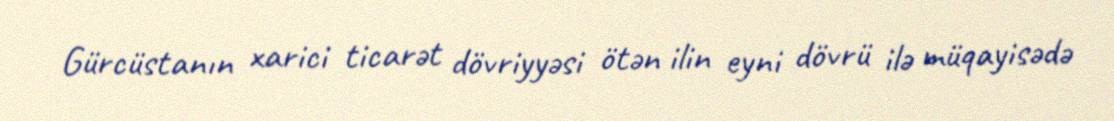
Gürcüstanın xarici ticarət dövriyyəsi ötən ilin eyni dövrü ilə müqayisədə